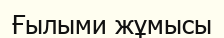
Ғылыми жұмысы